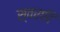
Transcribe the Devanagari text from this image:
स्वरादि